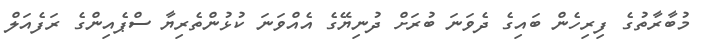
މުބާރާތުގެ ފިރިހެން ބައިގެ ދެވަނަ ބުރަށް ދުނިޔޭގެ އެއްވަނަ ކުޅުންތެރިޔާ ސްޕެއިންގެ ރަފެއަލް